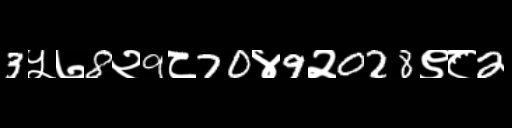
Text: 3५७8२9८70४9२028९८2